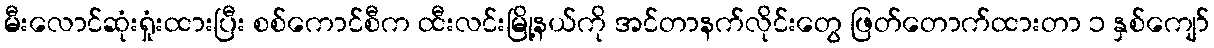
မီးလောင်ဆုံးရှုံးထားပြီး စစ်ကောင်စီက ထီးလင်းမြို့နယ်ကို အင်တာနက်လိုင်းတွေ ဖြတ်တောက်ထားတာ ၁ နှစ်ကျော်